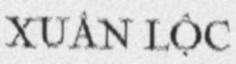
XUÂN LỘC